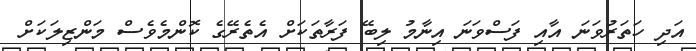
އަދި ހަތަރުވަނަ އާއި ފަސްވަނަ އިނާމު ލިބޭ ފަރާތަކަށް އެތެރޭގެ ކޮންމެވެސް މަންޒިލަކަށް